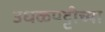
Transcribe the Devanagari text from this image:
उधळपट्टीच्या